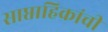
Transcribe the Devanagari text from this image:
साप्ताहिकांची